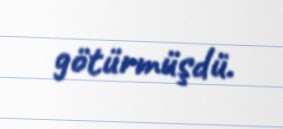
götürmüşdü.